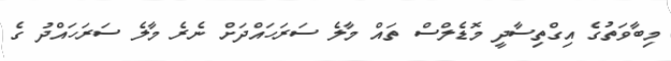
މިބާވަތުގެ އިގްތިސާދީ މޮޑެލްސް ތައް މާލެ ސަރަހައްދަށް ނެރެ މާލެ ސަރަހައްދު ގެ